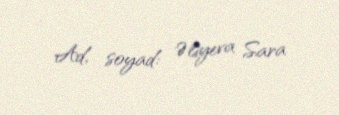
Ad, soyad: Əliyeva Sara